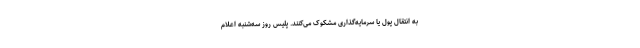
به انتقال پول یا سرمایه‌گذاری‌ مشکوک می‌کنند. پلیس روز سه‌شنبه اعلام